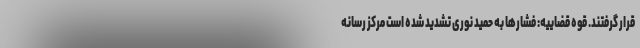
قرار گرفتند. قوه قضاییه: فشارها به حمید نوری تشدید شده است مرکز رسانه